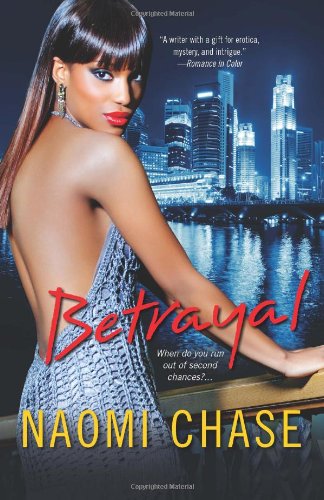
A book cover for Betrayal (Exposed Series); Naomi Chase; Literature & Fiction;